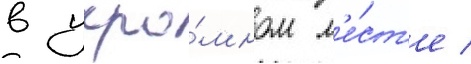
в укро́мном м'е́ст'е /